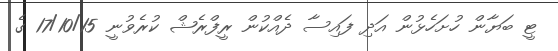
ޓީ ބަޔާން ހުށަހެޅުން އަދި ފައިސާ ދެއްކުން ރީފްރެޝް ކުރެވުނީ 17/10/15 ގެ